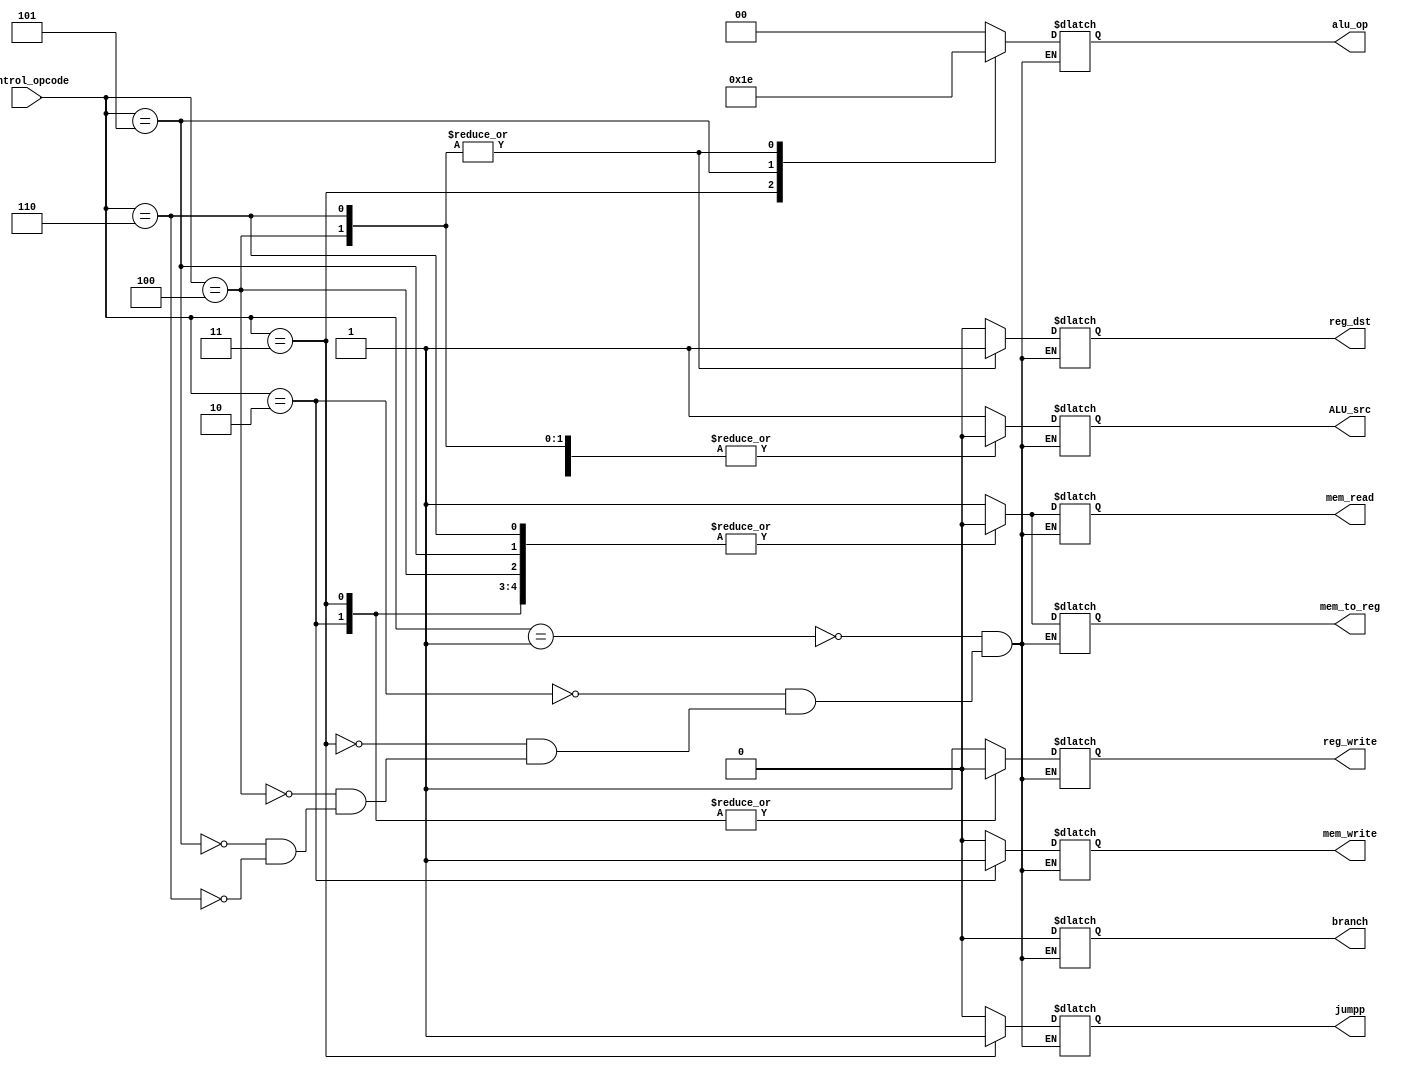
`timescale 1ns / 1ps

module Control_Unit (control_opcode, reg_dst, jumpp, branch, mem_read, mem_to_reg, alu_op, mem_write, ALU_src, reg_write);
    input [2:0] control_opcode;
    output reg [1:0] alu_op;
    output reg reg_dst, jumpp, branch, reg_write,  mem_read, mem_to_reg, mem_write, ALU_src;
    parameter  LOAD_WORD_OPCODE = 3'b001,
                STORE_WORD_OPCODE = 3'b010,
                JUMP_OPCODE = 3'b011,
                ADD_OPCODE = 3'b100,
                ADD_IMMEDIATE_OPCODE = 3'b101,
                SUBTRACT_OPCODE = 3'b110;
    always @(*) begin
        case(control_opcode)
            LOAD_WORD_OPCODE:      
                begin
                    reg_dst <= 0;
                    reg_write <= 1;
                    branch <= 0;
                    jumpp <= 0;
                    alu_op <= 2'b00;
                    mem_read <= 1;
                    mem_write <= 0;
                    mem_to_reg <= 1;
                    ALU_src <= 1;
                end
            STORE_WORD_OPCODE:     
                begin
                    reg_dst <= 0;
                    reg_write <= 0;
                    branch <= 0;
                    jumpp <= 0;
                    alu_op <= 2'b00;
                    mem_read <= 0;
                    mem_write <= 1;
                    mem_to_reg <= 0;
                    ALU_src <= 1;                
                end
            JUMP_OPCODE :    
                begin
                    reg_dst <= 0;
                    reg_write <= 0;
                    branch <= 0;
                    jumpp <= 1;
                    alu_op <= 2'b01;
                    mem_read <= 0;
                    mem_write <= 0;
                    mem_to_reg <= 0;
                    ALU_src <= 0;
                end
            ADD_OPCODE:      
                begin
                    reg_dst <= 1;
                    reg_write <= 1;
                    branch <= 0;
                    jumpp <= 0;
                    alu_op <= 2'b10;
                    mem_read <= 0;
                    mem_write <= 0;
                    mem_to_reg <= 0;
                    ALU_src <= 0;
                end
            ADD_IMMEDIATE_OPCODE:     
                begin
                    reg_dst <= 0;
                    reg_write <= 1;
                    branch <= 0;
                    jumpp <= 0;
                    alu_op <= 2'b11;
                    mem_read <= 0;
                    mem_write <= 0;
                    mem_to_reg <= 0;
                    ALU_src <= 1;
                end
            SUBTRACT_OPCODE:      
                begin
                    reg_dst <= 1;
                    reg_write <= 1;
                    branch <= 0;
                    jumpp <= 0;
                    alu_op <= 2'b10;
                    mem_read <= 0;
                    mem_write <= 0;
                    mem_to_reg <= 0;
                    ALU_src <= 0;
                end
            endcase
        end
endmodule